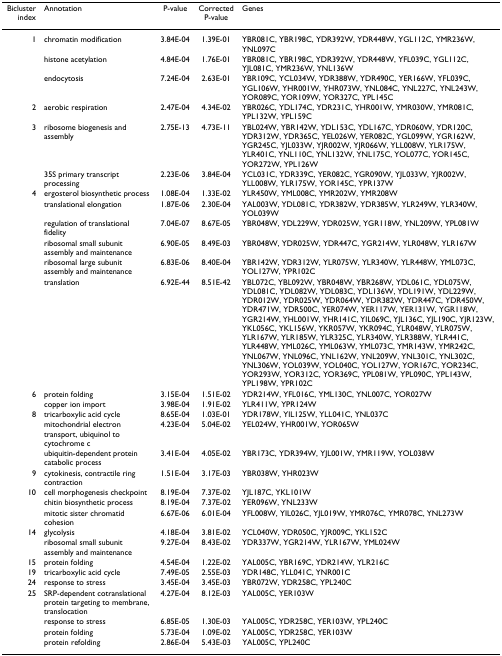
<table><thead><tr><td><b>Bicluster index</b></td><td><b>Annotation</b></td><td><b>P-value</b></td><td><b>Corrected P-value</b></td><td><b>Genes</b></td></tr></thead><tbody><tr><td>1</td><td>chromatin modification</td><td>3.84E-04</td><td>1.39E-01</td><td>YBR081C, YBR198C, YDR392W, YDR448W, YGL112C, YMR236W, YNL097C</td></tr><tr><td></td><td>histone acetylation</td><td>4.84E-04</td><td>1.76E-01</td><td>YBR081C, YBR198C, YDR392W, YDR448W, YFL039C, YGL112C, YJL081C, YMR236W, YNL136W</td></tr><tr><td></td><td>endocytosis</td><td>7.24E-04</td><td>2.63E-01</td><td>YBR109C, YCL034W, YDR388W, YDR490C, YER166W, YFL039C, YGL106W, YHR001W, YHR073W, YNL084C, YNL227C, YNL243W, YOR089C, YOR109W, YOR327C, YPL145C</td></tr><tr><td>2</td><td>aerobic respiration</td><td>2.47E-04</td><td>4.34E-02</td><td>YBR026C, YDL174C, YDR231C, YHR001W, YMR030W, YMR081C, YPL132W, YPL159C</td></tr><tr><td>3</td><td>ribosome biogenesis and assembly</td><td>2.75E-13</td><td>4.73E-11</td><td>YBL024W, YBR142W, YDL153C, YDL167C, YDR060W, YDR120C, YDR312W, YDR365C, YEL026W, YER082C, YGL099W, YGR162W, YGR245C, YJL033W, YJR002W, YJR066W, YLL008W, YLR175W, YLR401C, YNL110C, YNL132W, YNL175C, YOL077C, YOR145C, YOR272W, YPL126W</td></tr><tr><td></td><td>35S primary transcript processing</td><td>2.23E-06</td><td>3.84E-04</td><td>YCL031C, YDR339C, YER082C, YGR090W, YJL033W, YJR002W, YLL008W, YLR175W, YOR145C, YPR137W</td></tr><tr><td>4</td><td>ergosterol biosynthetic process</td><td>1.08E-04</td><td>1.33E-02</td><td>YLR450W, YML008C, YMR202W, YMR208W</td></tr><tr><td></td><td>translational elongation</td><td>1.87E-06</td><td>2.30E-04</td><td>YAL003W, YDL081C, YDR382W, YDR385W, YLR249W, YLR340W, YOL039W</td></tr><tr><td></td><td>regulation of translational fidelity</td><td>7.04E-07</td><td>8.67E-05</td><td>YBR048W, YDL229W, YDR025W, YGR118W, YNL209W, YPL081W</td></tr><tr><td></td><td>ribosomal small subunit assembly and maintenance</td><td>6.90E-05</td><td>8.49E-03</td><td>YBR048W, YDR025W, YDR447C, YGR214W, YLR048W, YLR167W</td></tr><tr><td></td><td>ribosomal large subunit assembly and maintenance</td><td>6.83E-06</td><td>8.40E-04</td><td>YBR142W, YDR312W, YLR075W, YLR340W, YLR448W, YML073C, YOL127W, YPR102C</td></tr><tr><td></td><td>translation</td><td>6.92E-44</td><td>8.51E-42</td><td>YBL072C, YBL092W, YBR048W, YBR268W, YDL061C, YDL075W, YDL081C, YDL082W, YDL083C, YDL136W, YDL191W, YDL229W, YDR012W, YDR025W, YDR064W, YDR382W, YDR447C, YDR450W, YDR471W, YDR500C, YER074W, YER117W, YER131W, YGR118W, YGR214W, YHL001W, YHR141C, YIL069C, YJL136C, YJL190C, YJR123W, YKL056C, YKL156W, YKR057W, YKR094C, YLR048W, YLR075W, YLR167W, YLR185W, YLR325C, YLR340W, YLR388W, YLR441C, YLR448W, YML026C, YML063W, YML073C, YMR143W, YMR242C, YNL067W, YNL096C, YNL162W, YNL209W, YNL301C, YNL302C, YNL306W, YOL039W, YOL040C, YOL127W, YOR167C, YOR234C, YOR293W, YOR312C, YOR369C, YPL081W, YPL090C, YPL143W, YPL198W, YPR102C</td></tr><tr><td>6</td><td>protein folding</td><td>3.15E-04</td><td>1.51E-02</td><td>YDR214W, YFL016C, YML130C, YNL007C, YOR027W</td></tr><tr><td></td><td>copper ion import</td><td>3.98E-04</td><td>1.91E-02</td><td>YLR411W, YPR124W</td></tr><tr><td>8</td><td>tricarboxylic acid cycle</td><td>8.65E-04</td><td>1.03E-01</td><td>YDR178W, YIL125W, YLL041C, YNL037C</td></tr><tr><td></td><td>mitochondrial electron transport, ubiquinol to cytochrome c</td><td>4.23E-04</td><td>5.04E-02</td><td>YEL024W, YHR001W, YOR065W</td></tr><tr><td></td><td>ubiquitin-dependent protein catabolic process</td><td>3.41E-04</td><td>4.05E-02</td><td>YBR173C, YDR394W, YJL001W, YMR119W, YOL038W</td></tr><tr><td>9</td><td>cytokinesis, contractile ring contraction</td><td>1.51E-04</td><td>3.17E-03</td><td>YBR038W, YHR023W</td></tr><tr><td>10</td><td>cell morphogenesis checkpoint</td><td>8.19E-04</td><td>7.37E-02</td><td>YJL187C, YKL101W</td></tr><tr><td></td><td>chitin biosynthetic process</td><td>8.19E-04</td><td>7.37E-02</td><td>YER096W, YNL233W</td></tr><tr><td></td><td>mitotic sister chromatid cohesion</td><td>6.67E-06</td><td>6.01E-04</td><td>YFL008W, YIL026C, YJL019W, YMR076C, YMR078C, YNL273W</td></tr><tr><td>14</td><td>glycolysis</td><td>4.18E-04</td><td>3.81E-02</td><td>YCL040W, YDR050C, YJR009C, YKL152C</td></tr><tr><td></td><td>ribosomal small subunit assembly and maintenance</td><td>9.27E-04</td><td>8.43E-02</td><td>YDR337W, YGR214W, YLR167W, YML024W</td></tr><tr><td>15</td><td>protein folding</td><td>4.54E-04</td><td>1.22E-02</td><td>YAL005C, YBR169C, YDR214W, YLR216C</td></tr><tr><td>19</td><td>tricarboxylic acid cycle</td><td>7.49E-05</td><td>2.55E-03</td><td>YDR148C, YLL041C, YNR001C</td></tr><tr><td>24</td><td>response to stress</td><td>3.45E-04</td><td>3.45E-03</td><td>YBR072W, YDR258C, YPL240C</td></tr><tr><td>25</td><td>SRP-dependent cotranslational protein targeting to membrane, translocation</td><td>4.27E-04</td><td>8.12E-03</td><td>YAL005C, YER103W</td></tr><tr><td></td><td>response to stress</td><td>6.85E-05</td><td>1.30E-03</td><td>YAL005C, YDR258C, YER103W, YPL240C</td></tr><tr><td></td><td>protein folding</td><td>5.73E-04</td><td>1.09E-02</td><td>YAL005C, YDR258C, YER103W</td></tr><tr><td></td><td>protein refolding</td><td>2.86E-04</td><td>5.43E-03</td><td>YAL005C, YPL240C</td></tr></tbody></table>